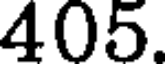
405.